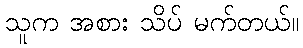
သူက အစား သိပ် မက်တယ်။